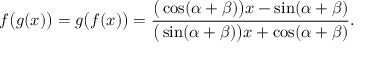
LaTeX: f { \big ( } g ( x ) { \big ) } = g { \big ( } f ( x ) { \big ) } = { \frac { { \big ( } \cos ( \alpha + \beta ) { \big ) } x - \sin ( \alpha + \beta ) } { { \big ( } \sin ( \alpha + \beta ) { \big ) } x + \cos ( \alpha + \beta ) } } .